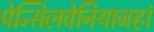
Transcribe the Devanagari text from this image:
पेन्सिलवेनियाजहां